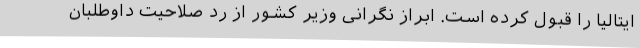
ایتالیا را قبول کرده است. ابراز نگرانی وزیر کشور از رد صلاحیت داوطلبان